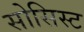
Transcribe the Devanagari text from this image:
सोसिस्ट